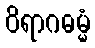
ဝိရာဂဓမ္မံ